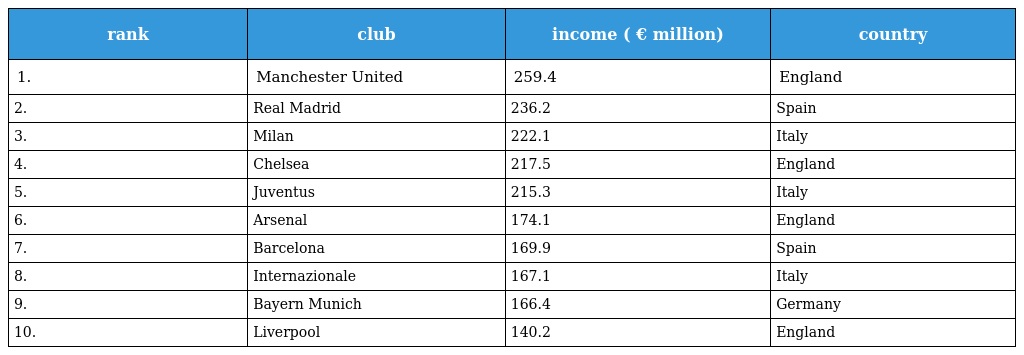
| rank | club | income ( € million) | country |
 | --- | --- | --- | --- |
 | 1. | Manchester United | 259.4 | England |
 | 2. | Real Madrid | 236.2 | Spain |
 | 3. | Milan | 222.1 | Italy |
 | 4. | Chelsea | 217.5 | England |
 | 5. | Juventus | 215.3 | Italy |
 | 6. | Arsenal | 174.1 | England |
 | 7. | Barcelona | 169.9 | Spain |
 | 8. | Internazionale | 167.1 | Italy |
 | 9. | Bayern Munich | 166.4 | Germany |
 | 10. | Liverpool | 140.2 | England |